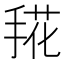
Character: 𰔀